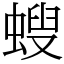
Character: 螋